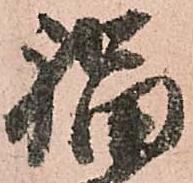
福